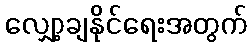
လျှော့ချနိုင်ရေးအတွက်